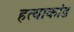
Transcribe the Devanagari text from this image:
हत्‍याकांड